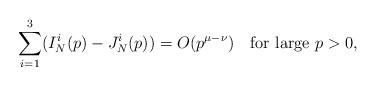
LaTeX: \begin{align*}\sum_{i=1}^3(I_N^i(p)-J_N^i(p))=O(p^{\mu-\nu})\quad\mbox{for large }p>0,\end{align*}